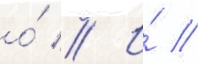
о́ // И́ //